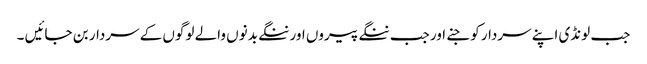
جب لونڈی اپنے سردار کو جنے اور جب ننگے پیروں اور ننگے بدنوں والے لوگوں کے سردار بن جائیں ۔